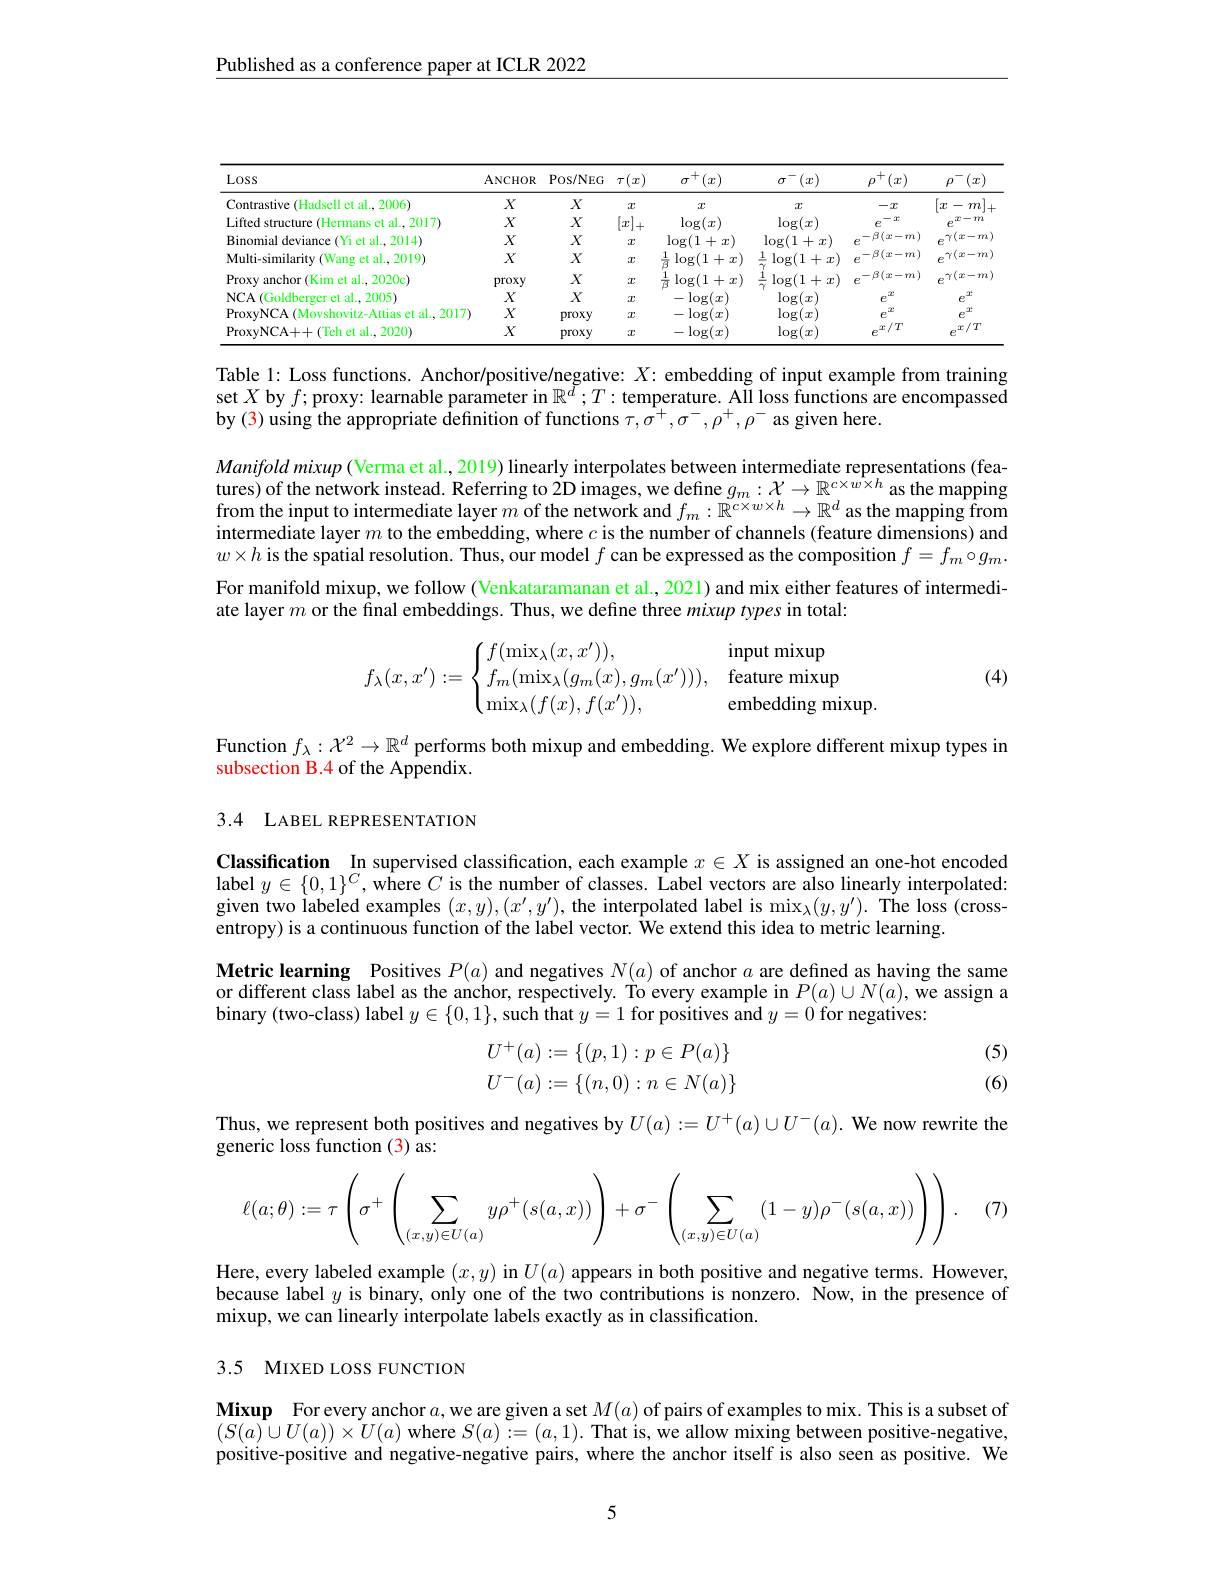
Published as a conference paper at ICLR 2022

<table>
	<tbody>
		<tr>
			<th>$LOSS$</th>
			<th>ANCHOR</th>
			<th>$\operatorname{Pos/NEG}$</th>
			<th>$\cdot(x)$ $\tau$ , 1 1</th>
			<th>$r^+(x)$ T</th>
			<th>$\tau^{-}(x)$ $\sigma$</th>
			<th>$,^+(x)$ $\rho$</th>
			<th>$\rho^{-}(x)$ </th>
		</tr>
		<tr>
			<td>Contrastive (Hadsell et al., 2006)</td>
			<td>$X$</td>
			<td>$X$</td>
			<td>$\mathcal{T}$</td>
			<td>$x$</td>
			<td>$x$</td>
			<td>$-x$</td>
			<td>${\mathcal{L}}$ $m$ 一</td>
		</tr>
		<tr>
			<td>Lifted structure (Hermans et al..2017)</td>
			<td>$X$</td>
			<td>$X$</td>
			<td>$|x$ - +</td>
			<td>$\log(x)$</td>
			<td>$\log(x)$</td>
			<td>$-x$ $e$</td>
			<td>$,x-rn$ $e$</td>
		</tr>
		<tr>
			<td>Binomial deviance e(Yi et al..2014)</td>
			<td>$X$</td>
			<td>$X$</td>
			<td>$\mathcal{T}$</td>
			<td>$\log(1$ $1+x$</td>
			<td>$\log(1$ $+x$</td>
			<td>$-\beta(x-m)$ P</td>
			<td>$\gamma(x-m)$ $e$</td>
		</tr>
		<tr>
			<td>Multi-similarity (Wang et al., 2019)</td>
			<td>$X$</td>
			<td>$X$</td>
			<td>$\mathcal{T}$</td>
			<td>$\frac{1}{\beta}\log(1+x)$</td>
			<td>1 $\log(1$ $+x)$</td>
			<td>$-\beta(x-m)$ $e$</td>
			<td>$e^{\gamma(x-m)}$</td>
		</tr>
		<tr>
			<td>Proxy anchor (Kim et al., 2020c)</td>
			<td>proxy</td>
			<td>$X$</td>
			<td>$T$</td>
			<td>$\log(1+x$</td>
			<td>$\log(1$ $+x$</td>
			<td>$-\beta(x-m)$ e</td>
			<td>$\gamma(x-m)$ $e$</td>
		</tr>
		<tr>
			<td>NCA (Goldberger et al..2005)</td>
			<td>$X$</td>
			<td>$X$</td>
			<td>$\mathcal{T}$</td>
			<td>$\log(x)$ 一 1</td>
			<td>$\log(x)$</td>
			<td>2 $e$</td>
			<td>$2x$ $e$</td>
		</tr>
		<tr>
			<td>ProxyNCA (Movshovitz-Attias et al., 2017]</td>
			<td>$X$</td>
			<td>proxy</td>
			<td>$\mathcal{T}$</td>
			<td>$-\log(x$ </td>
			<td>$\log(x$</td>
			<td>2 $e$</td>
			<td>2 $e$</td>
		</tr>
		<tr>
			<td>ProxyNCA+ + ,1 (Teh et al.,2020)</td>
			<td>$X$</td>
			<td>proxy</td>
			<td>$\mathcal{T}$</td>
			<td>$\log(x)$ -</td>
			<td>$\log(x)$</td>
			<td>$e^{x/T}$</td>
			<td>$x/T$</td>
		</tr>
	</tbody>
</table>

Table 1: Loss functions. Anchor/positive/negative: $X{:}$ embedding of input example from training set $X$ by $f;$proxy: learnable parameter in $\mathbb{R}^\tilde{d};T:$ temperature. AII loss functions are encompassed by (3) using the appropriate definition of functions $\tau,\sigma^+,\sigma^-,\rho^+,\rho^-$ as given here.

$Manifoldmixup\left(\text{Verma et al.,2019) linearly interpolates between intermediate representations (fea-)}\right.$ $\begin{array}{l}\text{tures) of the network instead. Referring to 2D images, we define }g_{m}:\mathcal{X}\to\mathbb{R}^{c\times w\times h}\text{ as the mapping}\\\text{from the input to intermediate layer }m\text{ of the network and }f_{m}:\mathbb{R}^{c\times w\times h}\to\mathbb{R}^{d}\text{ as the mapping from}\end{array}$ intermediate layer $m$ to the embedding, where $c$ is the number of channels (feature dimensions) and $w\times h\dot{\text{ is the spatial resolution. Thus, our model }f\text{ can be expressed as the composition }f}=f_m\circ g_m.$ For manifold mixup, we follow (Venkataramanan et al., 2021) and mix either features of intermediate layer $m$ or the final embeddings. Thus, we define three mixup types in total:

(4)
$$f_\lambda(x,x'):=\begin{cases}f(\min_\lambda(x,x')),&\text{input mixup}\\f_m(\min_\lambda(g_m(x),g_m(x'))),&\text{feature mixup}\\\min_\lambda(f(x),f(x')),&\text{embedding mixup.}\end{cases}$$
Function $f_\lambda:\mathcal{X}^2\to\mathbb{R}^d$ performs both mixup and embedding. We explore different mixup types in
subsection B.4 of the Appendix.

## 3.4 LABEL REPRESENTATION

Classification In supervised classification, each example $x\in X$ is assigned an one-hot encoded label $y\in \{ 0, 1\} ^C$,where $C$ is the number of classes. Label vectors are also linearly interpolated: given two labeled examples $(x,y),(x^{\prime},y^{\prime})$, the interpolated label is $\max_\lambda(y,y^{\prime}).$ The loss (crossentropy) is a continuous function of the label vector. We extend this idea to metric learning.
Metric learning Positives $P(a)$ and negatives $N(a)$ of anchor $a$ are defined as having the same or different class label as the anchor, respectively. To every example in $P(a)\cup N(a)$, we assign a binary (two-class) label $y\in\{0,1\}$, such that $y=1$ for positives and $y=0$ for negatives:
$$\begin{aligned}U^+(a)&:=\{(p,1):p\in P(a)\}\\U^-(a)&:=\{(n,0):n\in N(a)\}\end{aligned}$$
(5) (6)

Thus, we represent both positives and negatives by $U(a):=U^+(a)\cup U^-(a).$ We now rewrite the
generic loss function (3) as:
$$\ell(a;\theta):=\tau\left(\sigma^+\left(\sum_{(x,y)\in U(a)}y\rho^+(s(a,x))\right)+\sigma^-\left(\sum_{(x,y)\in U(a)}(1-y)\rho^-(s(a,x))\right)\right).$$
(7)

Here, every labeled example $(x,y)$ in $U(a)$ appears in both positive and negative terms. However, because label $y$ is binary, only one of the two contributions is nonzero. Now, in the presence of mixup, we can linearly interpolate labels exactly as in classification.

## 3.5 MIXED LOSS FUNCTION

Mixup For every anchor $a$,we are given a set $M(a)$ of pairs of examples to mix. This is a subset of $(S(a)\cup U(a))\times\tilde{U}(a)$ where $S( a) : = ( a, 1) . \textbf{That is, we allow mixing between positive- negative, }$ positive-positive and negative-negative pairs, where the anchor itself is also seen as positive. We

5